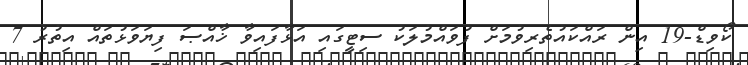
ކޯވިޑް-19 އިން ރައްކައުތެރިވުމަށް ފުވައްމުލަކު ސިޓީގައި އަޅާފައިވާ ޚާއްޞަ ފިޔަވަޅުތައް އިތުރު 7